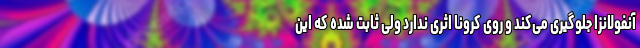
آنفولانزا جلوگیری می‌کند و روی کرونا اثری ندارد ولی ثابت شده که این